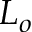
L _ { o }